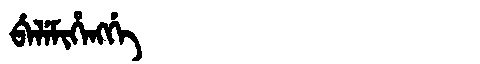
Manchu: ᠪᡝᠯᡝᠮᡳᡥᡝᠩᡤᡝ
Romanization: BELEMIHENGGE